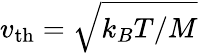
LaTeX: v_{\mathrm{th}}=\sqrt{k_{B}T/M}